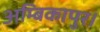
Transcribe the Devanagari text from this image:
अम्बिकापुर।